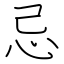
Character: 忌